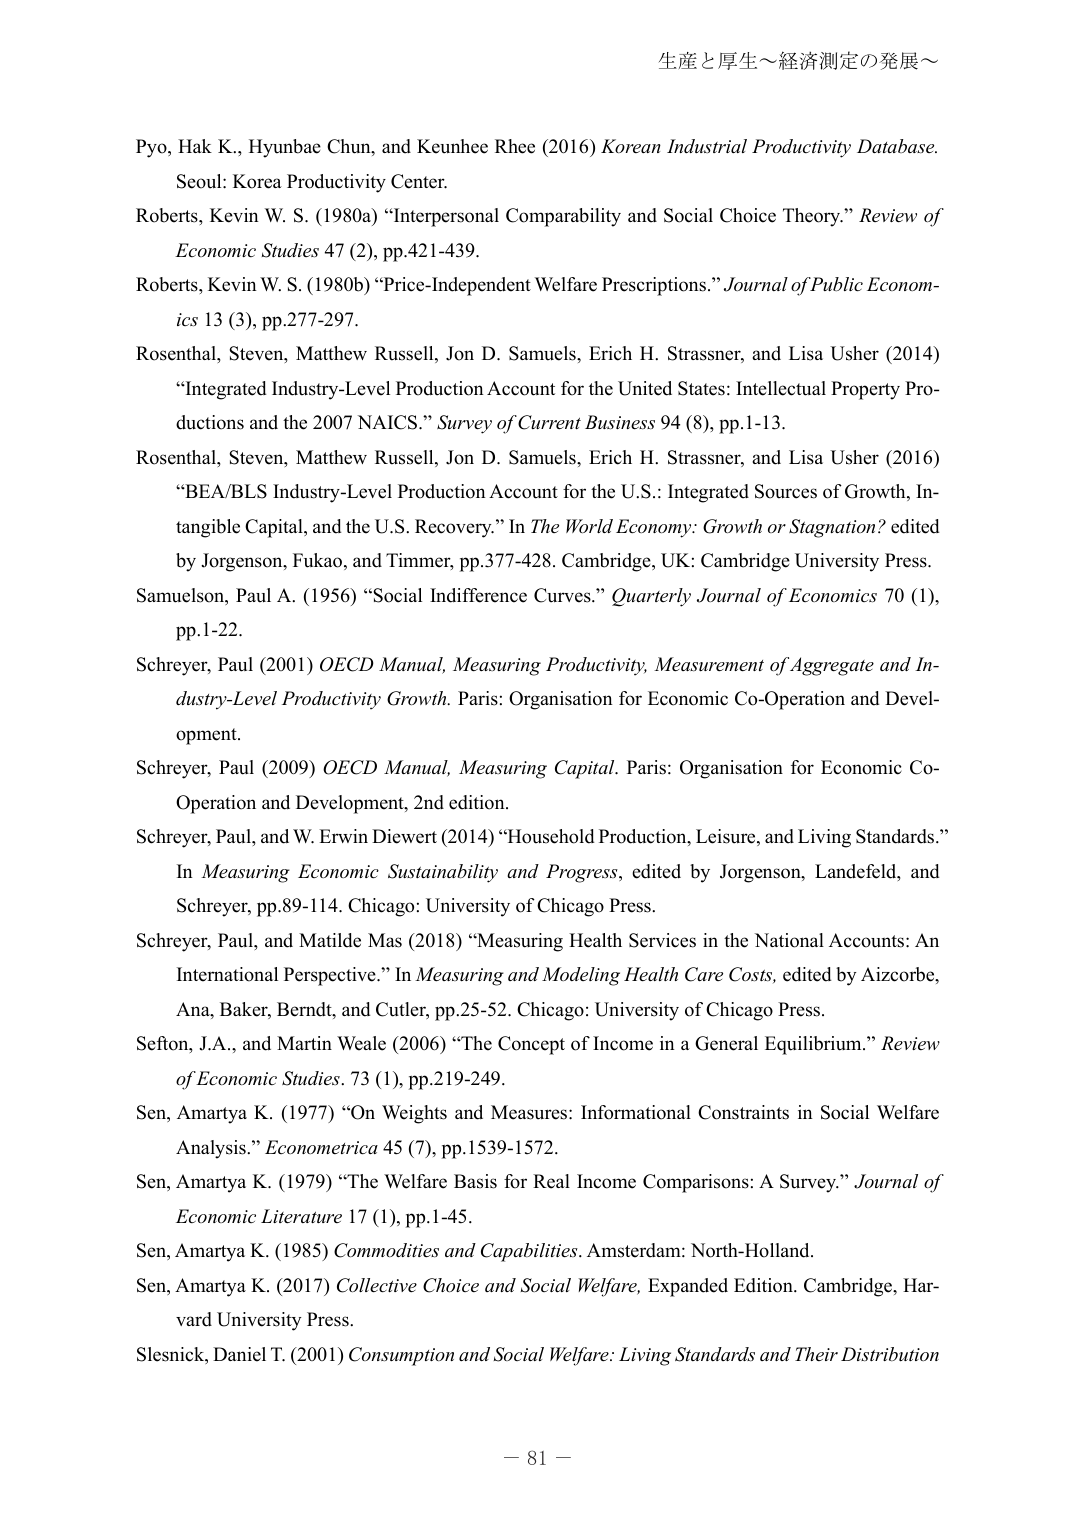
生産と厚生～経済測定の発展～

Pyo, Hak K., Hyunbae Chun, and Keunhee Rhee (2016) Korean Industrial Productivity Database. Seoul: Korea Productivity Center.

Roberts, Kevin W. S. (1980a) “Interpersonal Comparability and Social Choice Theory.” Review of Economic Studies 47 (2), pp.421-439.

Roberts, Kevin W. S. (1980b) “Price-Independent Welfare Prescriptions.” Journal of Public Economics 13 (3), pp.277-297.

Rosenthal, Steven, Matthew Russell, Jon D. Samuels, Erich H. Strassner, and Lisa Usher (2014) “Integrated Industry-Level Production Account for the United States: Intellectual Property Productions and the 2007 NAICS.” Survey of Current Business 94 (8), pp.1-13.

Rosenthal, Steven, Matthew Russell, Jon D. Samuels, Erich H. Strassner, and Lisa Usher (2016) “BEA/BLS Industry-Level Production Account for the U.S.: Integrated Sources of Growth, Intangible Capital, and the U.S. Recovery.” In The World Economy: Growth or Stagnation? edited by Jorgenson, Fukao, and Timmer, pp.377-428. Cambridge, UK: Cambridge University Press.

Samuelson, Paul A. (1956) “Social Indifference Curves.” Quarterly Journal of Economics 70 (1), pp.1-22.

Schreyer, Paul (2001) OECD Manual, Measuring Productivity, Measurement of Aggregate and Industry-Level Productivity Growth. Paris: Organisation for Economic Co-Operation and Development.

Schreyer, Paul (2009) OECD Manual, Measuring Capital. Paris: Organisation for Economic Co-Operation and Development, 2nd edition.

Schreyer, Paul, and W. Erwin Diewert (2014) “Household Production, Leisure, and Living Standards.” In Measuring Economic Sustainability and Progress, edited by Jorgenson, Landefeld, and Schreyer, pp.89-114. Chicago: University of Chicago Press.

Schreyer, Paul, and Matilde Mas (2018) “Measuring Health Services in the National Accounts: An International Perspective.” In Measuring and Modeling Health Care Costs, edited by Aizcorbe, Ana, Baker, Berndt, and Cutler, pp.25-52. Chicago: University of Chicago Press.

Sefton, J.A., and Martin Weale (2006) “The Concept of Income in a General Equilibrium.” Review of Economic Studies. 73 (1), pp.219-249.

Sen, Amartya K. (1977) “On Weights and Measures: Informational Constraints in Social Welfare Analysis.” Econometrica 45 (7), pp.1539-1572.

Sen, Amartya K. (1979) “The Welfare Basis for Real Income Comparisons: A Survey.” Journal of Economic Literature 17 (1), pp.1-45.

Sen, Amartya K. (1985) Commodities and Capabilities. Amsterdam: North-Holland.

Sen, Amartya K. (2017) Collective Choice and Social Welfare, Expanded Edition. Cambridge, Harvard University Press.

Slesnick, Daniel T. (2001) Consumption and Social Welfare: Living Standards and Their Distribution

－ 81 －